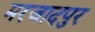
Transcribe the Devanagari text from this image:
मरजादपुर